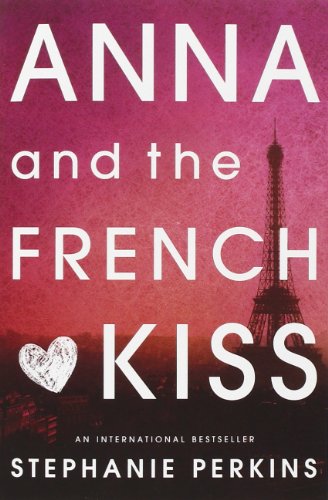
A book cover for Anna and the French Kiss; Stephanie Perkins; Teen & Young Adult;